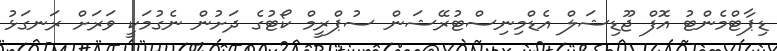
ޑިޕާޓްމެންޓު އޮފް ޖޫޑިޝަލް އެޑްމިނިސްޓުރޭޝަން ސުޕްރީމް ކޯޓުގެ ދަށުން ނެގުމަކީ ވަރަށް ރަނގަޅު